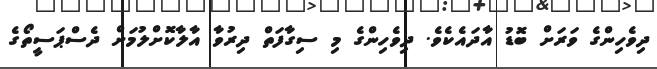
ދިވެހިންގެ ވަރަށް ބޮޑު އާދައެކެެވެ. ދިވެހިންގެ މި ސިގާފަތް ދިރުވާ އާލާކޮށްލުމަށް ދެސްޕަސީތޯގެ